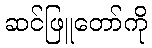
ဆင်ဖြူတော်ကို